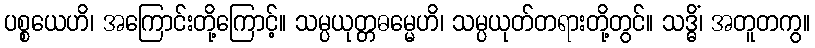
ပစ္စယေဟိ၊ အကြောင်းတို့ကြောင့်။ သမ္ပယုတ္တဓမ္မေဟိ၊ သမ္ပယုတ်တရားတို့တွင်။ သဒ္ဓိံ၊ အတူတကွ။